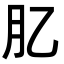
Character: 肊